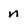
Character: n